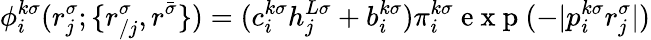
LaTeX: \phi_{i}^{k\sigma}(r_{j}^{\sigma};\{ r_{/j}^{\sigma},r^{\bar{\sigma}}\} )=(c_{i}^{k\sigma}h_{j}^{L\sigma}+b_{i}^{k\sigma})\pi_{i}^{k\sigma}\mathrm{~e~x~p~}(-|p_{i}^{k\sigma}r_{j}^{\sigma}|)